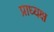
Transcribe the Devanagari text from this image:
प्राध्यक्ष